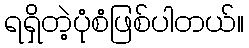
ရရှိတဲ့ပုံစံဖြစ်ပါတယ်။